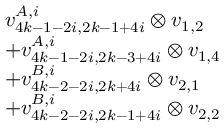
\begin{array} { r l } & { v _ { 4 k - 1 - 2 i , 2 k - 1 + 4 i } ^ { A , i } \otimes v _ { 1 , 2 } } \\ & { + v _ { 4 k - 1 - 2 i , 2 k - 3 + 4 i } ^ { A , i } \otimes v _ { 1 , 4 } } \\ & { + v _ { 4 k - 2 - 2 i , 2 k + 4 i } ^ { B , i } \otimes v _ { 2 , 1 } } \\ & { + v _ { 4 k - 2 - 2 i , 2 k - 1 + 4 i } ^ { B , i } \otimes v _ { 2 , 2 } } \end{array}